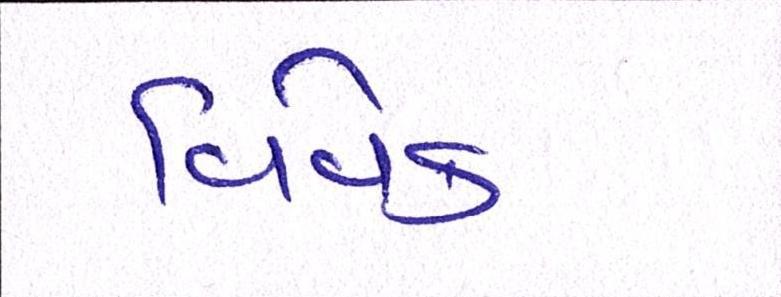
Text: વિવેક